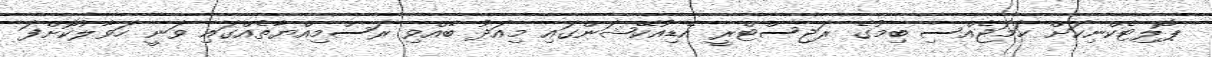
ޕޮލިޓެކްނިކަށް ހަމަޖެއްސި ބިމުގެ ރަޖިސްޓްރީ އެޑިއުކޭޝަންގައި މިއަދު ބޭއްވި ރަސްމިއްޔާތެއްގައި ވަނީ ހަވާލުކޮށްފަ